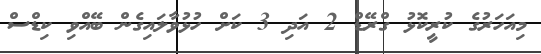
މިއަހަރުގެ ކުރީކޮޅު ގްރޭޑް 2 އަދި 3 ކަށް ހުޅުވާލައިގެން ބޭއްވި ކިޑްސް